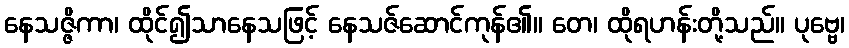
နေသဇ္ဇိကာ၊ ထိုင်၍သာနေသဖြင့် နေသဇ်ဆောင်ကုန်၏။ တေ၊ ထိုရဟန်းတို့သည်။ ပုဗ္ဗေ၊